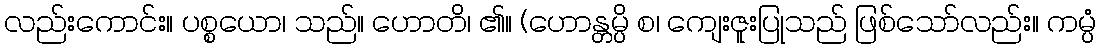
လည်းကောင်း။ ပစ္စယော၊ သည်။ ဟောတိ၊ ၏။ (ဟောန္တမ္ပိ စ၊ ကျေးဇူးပြုသည် ဖြစ်သော်လည်း။ ကမ္ပံ